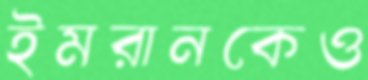
ইমরানকেও